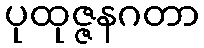
ပုထုဇ္ဇနဂတာ